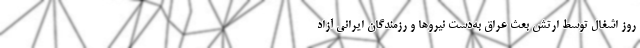
روز اشغال توسط ارتش بعث عراق به‌دست نیروها و رزمندگان ایرانی آزاد